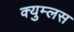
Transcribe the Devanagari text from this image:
क्युम्लस